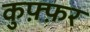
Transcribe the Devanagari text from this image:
कुफ़्फ़र